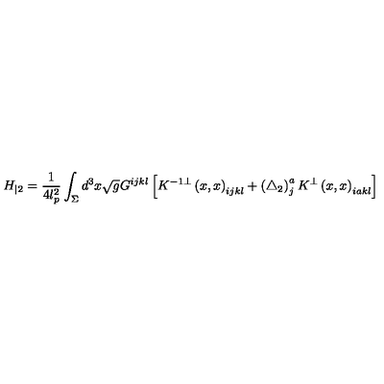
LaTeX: H _ { | 2 } = \frac 1 { 4 l _ { p } ^ { 2 } } \int _ { \Sigma } d ^ { 3 } x \sqrt { g } G ^ { i j k l } \left[ K ^ { - 1 \bot } \left( x , x \right) _ { i j k l } + \left( \triangle _ { 2 } \right) _ { j } ^ { a } K ^ { \bot } \left( x , x \right) _ { i a k l } \right]